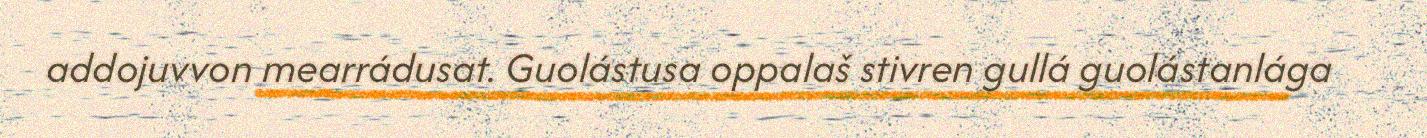
addojuvvon mearrádusat. Guolástusa oppalaš stivren gullá guolástanlága